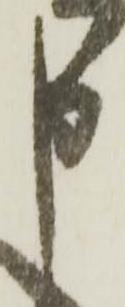
申